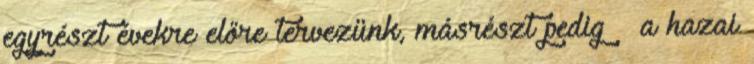
egyrészt évekre előre tervezünk, másrészt pedig – a hazai